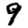
Digit: 9